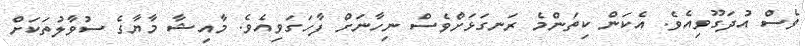
ވެސް އުދަގޫވިއެވެ. އެކަން ކިތަންމެ ރަނގަޅަށްވެސް ނިހާނަށް ފާހަގަވިއެވެ. މާއިޝާ މާޔާގެ ސުވާލުތަކަށް